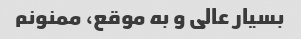
بسیار عالی و به موقع، ممنونم